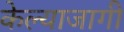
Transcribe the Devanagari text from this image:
केल्याजागी